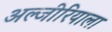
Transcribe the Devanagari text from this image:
अल्जीरियाला